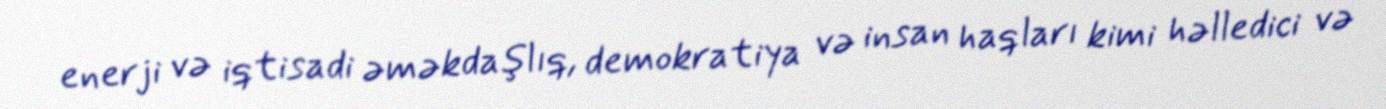
enerji və iqtisadi əməkdaşlıq, demokratiya və insan haqları kimi həlledici və